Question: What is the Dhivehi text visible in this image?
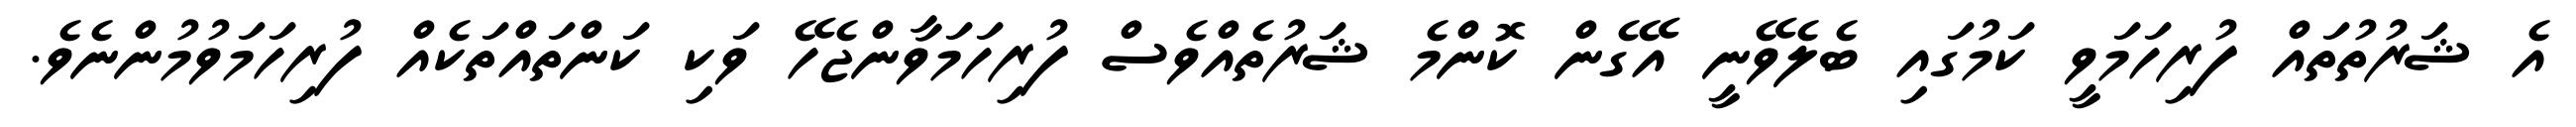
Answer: އެ ޝަރުތުތައް ފުރިހަމަވީ ކަމުގައި ބެލެވޭނީ އޭގެން ކޮންމެ ޝަރުތެއްވެސް ފުރިހަމަވާންޖެހޭ ވަކި ކަންތައްތަކެއް ފުރިހަމަވުމުންނެވެ.